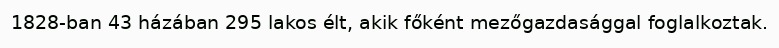
1828-ban 43 házában 295 lakos élt, akik főként mezőgazdasággal foglalkoztak.